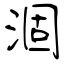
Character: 涸